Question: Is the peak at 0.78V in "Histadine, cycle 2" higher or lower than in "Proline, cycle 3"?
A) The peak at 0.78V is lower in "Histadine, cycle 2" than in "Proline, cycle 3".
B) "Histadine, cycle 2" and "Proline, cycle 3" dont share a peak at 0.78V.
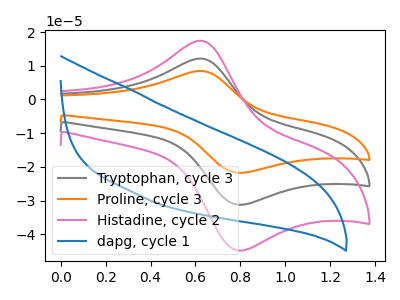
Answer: <think>The gray curve "Tryptophan, cycle 3" has an anodic peak at (0.60V, 12.15uA) and a cathodic peak at (0.80V, -31.15uA). The orange curve "Proline, cycle 3" has an anodic peak at (0.60V, 24.30uA) and a cathodic peak at (0.80V, -62.30uA). The pink curve "Histadine, cycle 2" has an anodic peak at (0.60V, 17.45uA) and a cathodic peak at (0.80V, -44.70uA). The blue curve "dapg, cycle 1" has no peaks.</think>
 <answer>A) The peak at 0.78V is lower in "Histadine, cycle 2" than in "Proline, cycle 3".</answer>
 <eval>A</eval>